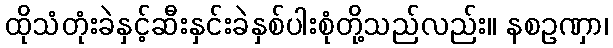
ထိုသံတုံးခဲနှင့်ဆီးနှင်းခဲနှစ်ပါးစုံတို့သည်လည်း။ နစဥဏှာ၊